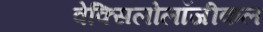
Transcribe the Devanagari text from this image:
वेक्सिलोलॉजीकल